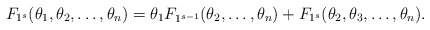
\begin{align*}F_{1^s}(\theta_1,\theta_2 ,\ldots,\theta_n)= \theta_1 F_{1^{s-1}}(\theta_2 ,\ldots,\theta_n) + F_{1^s}(\theta_2,\theta_3 ,\ldots,\theta_n).\end{align*}